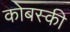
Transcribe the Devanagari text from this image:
कोबस्की